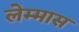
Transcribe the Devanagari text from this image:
लेम्मास